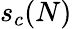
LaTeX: s_{c}(N)